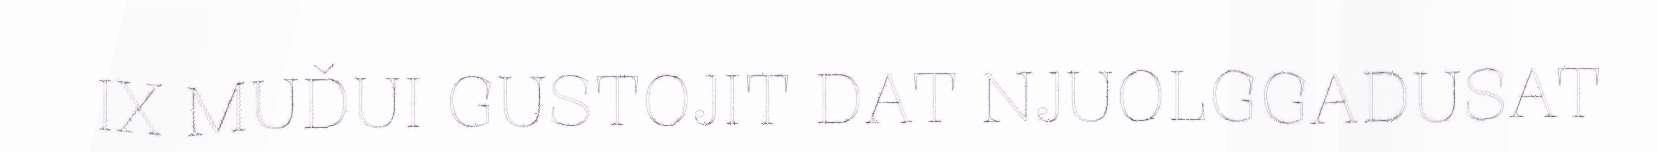
IX MUĐUI GUSTOJIT DAT NJUOLGGADUSAT